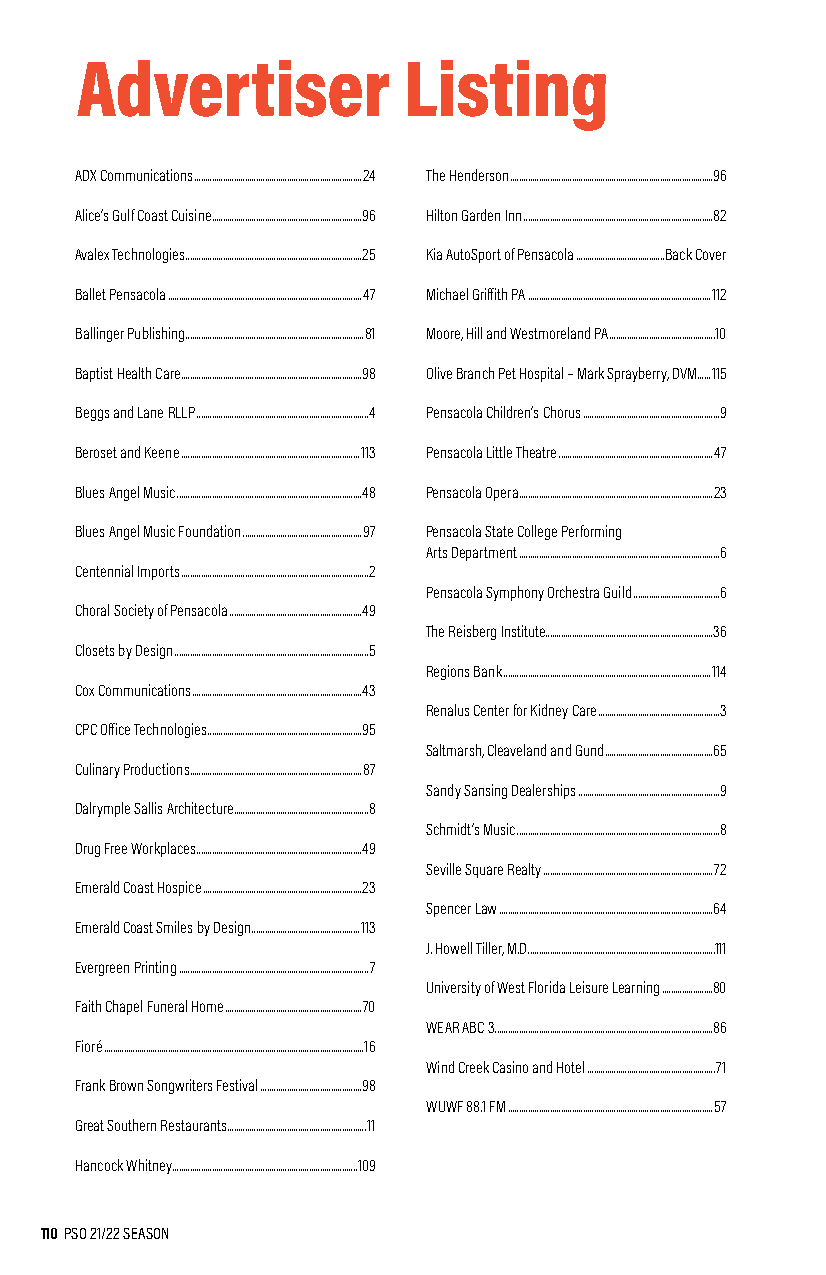
Advertiser            Listing
 ADX Communications ............................................................................24 The Henderson ............................................................................................96
 Alice’s Gulf Coast Cuisine ....................................................................96 Hilton Garden Inn ......................................................................................82
 Avalex Technologies ................................................................................25 Kia AutoSport of Pensacola ........................................Back Cover
 Ballet Pensacola ........................................................................................47 Michael Griffith PA ...................................................................................112
 Ballinger Publishing.................................................................................81 Moore, Hill and Westmoreland PA ................................................10
 Baptist Health Care ..................................................................................98 Olive Branch Pet Hospital – Mark Sprayberry, DVM......115
 Beggs and Lane RLLP ..............................................................................4 Pensacola Children’s Chorus ..............................................................9
 Beroset and Keene .................................................................................113 Pensacola Little Theatre ......................................................................47
 Blues Angel Music ....................................................................................48 Pensacola Opera ........................................................................................23
 Blues Angel Music Foundation ......................................................97 Pensacola State College Performing
 Arts Department ...........................................................................................6
 Centennial Imports .....................................................................................2
 Pensacola Symphony Orchestra Guild .......................................6
 Choral Society of Pensacola ............................................................49
 The Reisberg Institute............................................................................36
 Closets by Design ........................................................................................5
 Regions Bank ..............................................................................................114
 Cox Communications .............................................................................43
 Renalus Center for Kidney Care .......................................................3
 CPC Office Technologies ......................................................................95
 Saltmarsh, Cleaveland and Gund .................................................65
 Culinary Productions..............................................................................87
 Sandy Sansing Dealerships ................................................................9
 Dalrymple Sallis Architecture.............................................................8
 Schmidt’s Music ............................................................................................8
 Drug Free Workplaces ...........................................................................49
 Seville Square Realty .............................................................................72
 Emerald Coast Hospice ........................................................................23
 Spencer Law .................................................................................................64
 Emerald Coast Smiles by Design.................................................113
 J. Howell Tiller, M.D. ....................................................................................111
 Evergreen Printing ......................................................................................7
 University of West Florida Leisure Learning .......................80
 Faith Chapel Funeral Home ..............................................................70
 WEAR ABC 3 ...................................................................................................86
 Fioré ......................................................................................................................16
 Wind Creek Casino and Hotel ..........................................................71
 Frank Brown Songwriters Festival ..............................................98
 WUWF 88.1 FM .............................................................................................57
 Great Southern Restaurants ...............................................................11
 Hancock Whitney ....................................................................................109
 110 PSO 21/22 SEASON